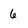
Character: 6